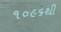
૧૦૯૬થી